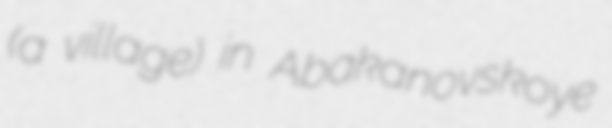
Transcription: (a village) in Abakanovskoye